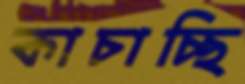
কাচাচ্ছি